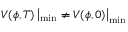
V ( \phi , T ) \left| _ { \operatorname * { m i n } } \neq V ( \phi , 0 ) \right| _ { \operatorname * { m i n } }